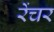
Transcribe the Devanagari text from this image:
रेंचर